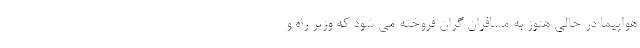
هواپیما در حالی هنوز به مسافران گران فروخته می شود که وزیر راه و